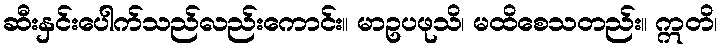
ဆီးနှင်းပေါက်သည်လည်းကောင်း။ မာဥပဖုသိ၊ မထိစေသတည်း။ ဣတိ၊